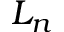
L _ { n }